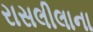
રાસલીલાના